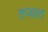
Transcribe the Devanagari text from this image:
तप्यात